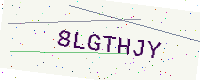
Text: 8LGTHJY